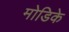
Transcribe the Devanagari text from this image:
मोडिके